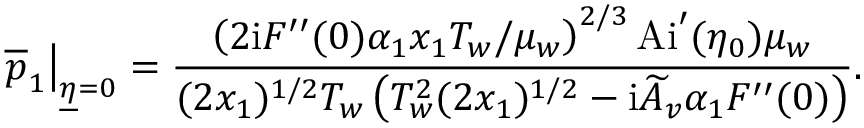
\left. \overline { { p } } _ { 1 } \right\vert _ { \underline { { \eta } } = 0 } = \frac { \left( 2 \mathrm { i } F ^ { \prime \prime } ( 0 ) \alpha _ { 1 } x _ { 1 } T _ { w } / \mu _ { w } \right) ^ { 2 / 3 } \mathrm { A i } ^ { \prime } ( \eta _ { 0 } ) \mu _ { w } } { ( 2 x _ { 1 } ) ^ { 1 / 2 } T _ { w } \left( T _ { w } ^ { 2 } ( 2 x _ { 1 } ) ^ { 1 / 2 } - \mathrm { i } \widetilde { A } _ { v } \alpha _ { 1 } F ^ { \prime \prime } ( 0 ) \right) } .